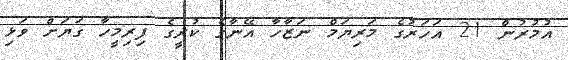
އުމުރުން 21 އަހަރުގެ މަރިޔަމް ނަޒާހާ އޭނާގެ ކުރީގެ ފިރިމީހާ ގަޔަށް ވަޅި